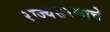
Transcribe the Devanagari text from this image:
राज्यसरकाचे